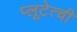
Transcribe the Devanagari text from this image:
प्लूटेत्ची